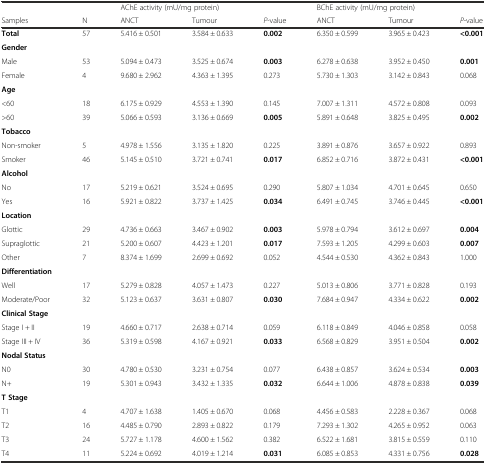
<table><thead><tr><td></td><td></td><td colspan="3"><b>AChE activity (mU/mg protein)</b></td><td colspan="3"><b>BChE activity (mU/mg protein)</b></td></tr><tr><td><b>Samples</b></td><td><b>N</b></td><td><b>ANCT</b></td><td><b>Tumour</b></td><td><b><i>P</i>-value</b></td><td><b>ANCT</b></td><td><b>Tumour</b></td><td><b><i>P</i>-value</b></td></tr></thead><tbody><tr><td><b>Total</b></td><td>57</td><td>5.416 ± 0.501</td><td>3.584 ± 0.633</td><td><b>0.002</b></td><td>6.350 ± 0.599</td><td>3.965 ± 0.423</td><td><b>&lt;0.001</b></td></tr><tr><td><b>Gender</b></td><td></td><td></td><td></td><td></td><td></td><td></td><td></td></tr><tr><td>Male</td><td>53</td><td>5.094 ± 0.473</td><td>3.525 ± 0.674</td><td><b>0.003</b></td><td>6.278 ± 0.638</td><td>3.952 ± 0.450</td><td><b>0.001</b></td></tr><tr><td>Female</td><td>4</td><td>9.680 ± 2.962</td><td>4.363 ± 1.395</td><td>0.273</td><td>5.730 ± 1.303</td><td>3.142 ± 0.843</td><td>0.068</td></tr><tr><td><b>Age</b></td><td></td><td></td><td></td><td></td><td></td><td></td><td></td></tr><tr><td>&lt;60</td><td>18</td><td>6.175 ± 0.929</td><td>4.553 ± 1.390</td><td>0.145</td><td>7.007 ± 1.311</td><td>4.572 ± 0.808</td><td>0.093</td></tr><tr><td>&gt;60</td><td>39</td><td>5.066 ± 0.593</td><td>3.136 ± 0.669</td><td><b>0.005</b></td><td>5.891 ± 0.648</td><td>3.825 ± 0.495</td><td><b>0.002</b></td></tr><tr><td><b>Tobacco</b></td><td></td><td></td><td></td><td></td><td></td><td></td><td></td></tr><tr><td>Non-smoker</td><td>5</td><td>4.978 ± 1.556</td><td>3.135 ± 1.820</td><td>0.225</td><td>3.891 ± 0.876</td><td>3.657 ± 0.922</td><td>0.893</td></tr><tr><td>Smoker</td><td>46</td><td>5.145 ± 0.510</td><td>3.721 ± 0.741</td><td><b>0.017</b></td><td>6.852 ± 0.716</td><td>3.872 ± 0.431</td><td><b>&lt;0.001</b></td></tr><tr><td><b>Alcohol</b></td><td></td><td></td><td></td><td></td><td></td><td></td><td></td></tr><tr><td>No</td><td>17</td><td>5.219 ± 0.621</td><td>3.524 ± 0.695</td><td>0.290</td><td>5.807 ± 1.034</td><td>4.701 ± 0.645</td><td>0.650</td></tr><tr><td>Yes</td><td>16</td><td>5.921 ± 0.822</td><td>3.737 ± 1.425</td><td><b>0.034</b></td><td>6.491 ± 0.745</td><td>3.746 ± 0.445</td><td><b>&lt;0.001</b></td></tr><tr><td><b>Location</b></td><td></td><td></td><td></td><td></td><td></td><td></td><td></td></tr><tr><td>Glottic</td><td>29</td><td>4.736 ± 0.663</td><td>3.467 ± 0.902</td><td><b>0.003</b></td><td>5.978 ± 0.794</td><td>3.612 ± 0.697</td><td><b>0.004</b></td></tr><tr><td>Supraglottic</td><td>21</td><td>5.200 ± 0.607</td><td>4.423 ± 1.201</td><td><b>0.017</b></td><td>7.593 ± 1.205</td><td>4.299 ± 0.603</td><td><b>0.007</b></td></tr><tr><td>Other</td><td>7</td><td>8.374 ± 1.699</td><td>2.699 ± 0.692</td><td>0.052</td><td>4.544 ± 0.530</td><td>4.362 ± 0.843</td><td>1.000</td></tr><tr><td><b>Differentiation</b></td><td></td><td></td><td></td><td></td><td></td><td></td><td></td></tr><tr><td>Well</td><td>17</td><td>5.279 ± 0.828</td><td>4.057 ± 1.473</td><td>0.227</td><td>5.013 ± 0.806</td><td>3.771 ± 0.828</td><td>0.193</td></tr><tr><td>Moderate/Poor</td><td>32</td><td>5.123 ± 0.637</td><td>3.631 ± 0.807</td><td><b>0.030</b></td><td>7.684 ± 0.947</td><td>4.334 ± 0.622</td><td><b>0.002</b></td></tr><tr><td><b>Clinical Stage</b></td><td></td><td></td><td></td><td></td><td></td><td></td><td></td></tr><tr><td>Stage I + II</td><td>19</td><td>4.660 ± 0.717</td><td>2.638 ± 0.714</td><td>0.059</td><td>6.118 ± 0.849</td><td>4.046 ± 0.858</td><td>0.058</td></tr><tr><td>Stage III + IV</td><td>36</td><td>5.319 ± 0.598</td><td>4.167 ± 0.921</td><td><b>0.033</b></td><td>6.568 ± 0.829</td><td>3.951 ± 0.504</td><td><b>0.002</b></td></tr><tr><td><b>Nodal Status</b></td><td></td><td></td><td></td><td></td><td></td><td></td><td></td></tr><tr><td>N0</td><td>30</td><td>4.780 ± 0.530</td><td>3.231 ± 0.754</td><td>0.077</td><td>6.438 ± 0.857</td><td>3.624 ± 0.534</td><td><b>0.003</b></td></tr><tr><td>N+</td><td>19</td><td>5.301 ± 0.943</td><td>3.432 ± 1.335</td><td><b>0.032</b></td><td>6.644 ± 1.006</td><td>4.878 ± 0.838</td><td><b>0.039</b></td></tr><tr><td><b>T Stage</b></td><td></td><td></td><td></td><td></td><td></td><td></td><td></td></tr><tr><td>T1</td><td>4</td><td>4.707 ± 1.638</td><td>1.405 ± 0.670</td><td>0.068</td><td>4.456 ± 0.583</td><td>2.228 ± 0.367</td><td>0.068</td></tr><tr><td>T2</td><td>16</td><td>4.485 ± 0.790</td><td>2.893 ± 0.822</td><td>0.179</td><td>7.293 ± 1.302</td><td>4.265 ± 0.952</td><td>0.063</td></tr><tr><td>T3</td><td>24</td><td>5.727 ± 1.178</td><td>4.600 ± 1.562</td><td>0.382</td><td>6.522 ± 1.681</td><td>3.815 ± 0.559</td><td>0.110</td></tr><tr><td>T4</td><td>11</td><td>5.224 ± 0.692</td><td>4.019 ± 1.214</td><td><b>0.031</b></td><td>6.085 ± 0.853</td><td>4.331 ± 0.756</td><td><b>0.028</b></td></tr></tbody></table>